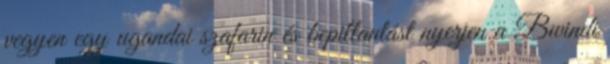
vegyen egy ugandai szafarin és bepillantást nyerjen a Bwindi